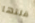
قلتها